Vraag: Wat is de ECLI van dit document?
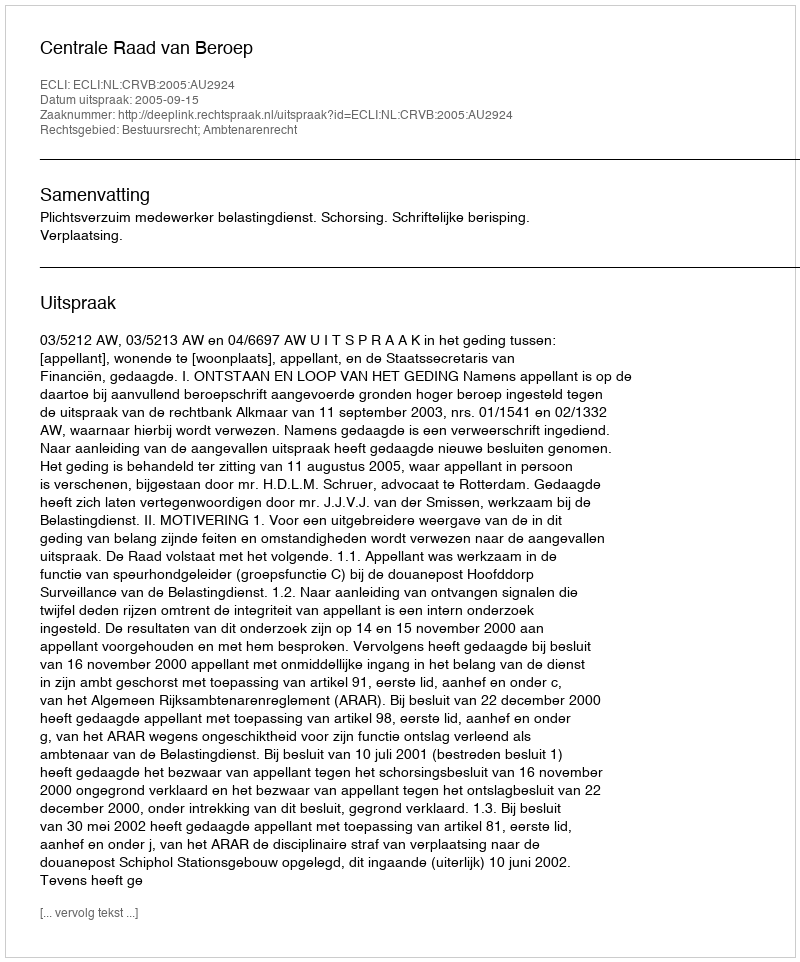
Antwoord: ECLI:NL:CRVB:2005:AU2924